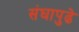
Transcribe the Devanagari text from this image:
संघापुढे